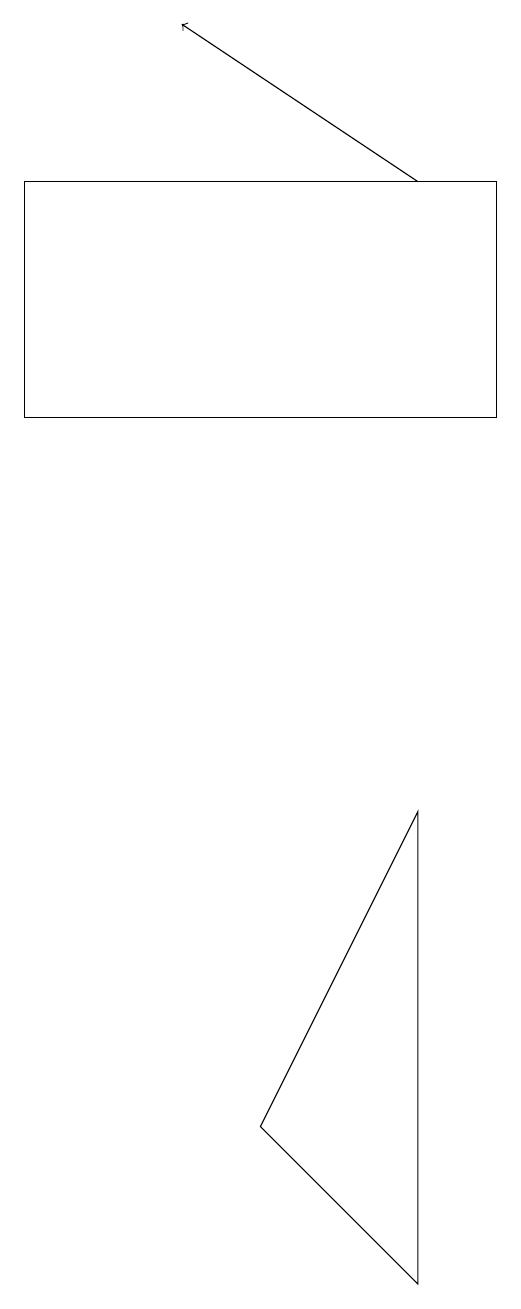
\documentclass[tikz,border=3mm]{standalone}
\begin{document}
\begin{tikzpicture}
\draw (1,15) rectangle (7,12);
\draw[->] (6,15) -- (3,17);
\draw (4,3) -- (6,7) -- (6,1) -- cycle;
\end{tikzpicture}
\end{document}